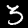
Label: 3